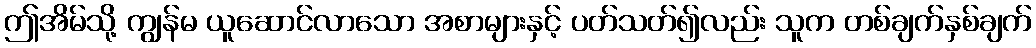
ဤအိမ်သို့ ကျွန်မ ယူဆောင်လာသော အစာများနှင့် ပတ်သတ်၍လည်း သူက တစ်ချက်နှစ်ချက်